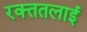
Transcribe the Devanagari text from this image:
रक्‍ततलाई